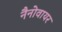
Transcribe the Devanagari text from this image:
नैनोवायर